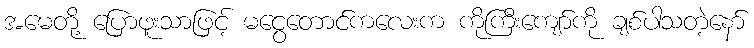
အမေတို့ ပြောဖူးသာဖြင့် မငွေတောင်ကလေးက ကိုကြီးကျော်ကို ချစ်ပါသတဲ့နော်